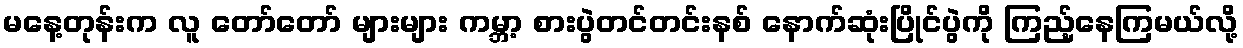
မနေ့တုန်းက လူ တော်တော် များများ ကမ္ဘာ့ စားပွဲတင်တင်းနစ် နောက်ဆုံးပြိုင်ပွဲကို ကြည့်နေကြမယ်လို့